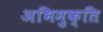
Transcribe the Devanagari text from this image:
अभिमुक्ति